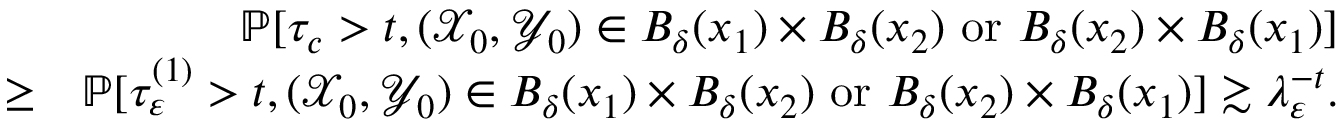
\begin{array} { r l r } & { } & { \mathbb { P } [ \tau _ { c } > t , ( { \mathcal X } _ { 0 } , { \mathcal Y } _ { 0 } ) \in B _ { \delta } ( x _ { 1 } ) \times B _ { \delta } ( x _ { 2 } ) \ \mathrm { o r } \ B _ { \delta } ( x _ { 2 } ) \times B _ { \delta } ( x _ { 1 } ) ] } \\ & { \ge } & { \mathbb { P } [ \tau _ { \varepsilon } ^ { ( 1 ) } > t , ( { \mathcal X } _ { 0 } , { \mathcal Y } _ { 0 } ) \in B _ { \delta } ( x _ { 1 } ) \times B _ { \delta } ( x _ { 2 } ) \ \mathrm { o r } \ B _ { \delta } ( x _ { 2 } ) \times B _ { \delta } ( x _ { 1 } ) ] \gtrsim \lambda _ { \varepsilon } ^ { - t } . } \end{array}